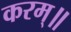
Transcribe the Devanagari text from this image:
करम्॥